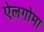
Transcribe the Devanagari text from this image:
ऐलगोमा